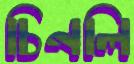
চিনলি